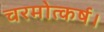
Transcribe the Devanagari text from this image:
चरमोत्कर्ष।